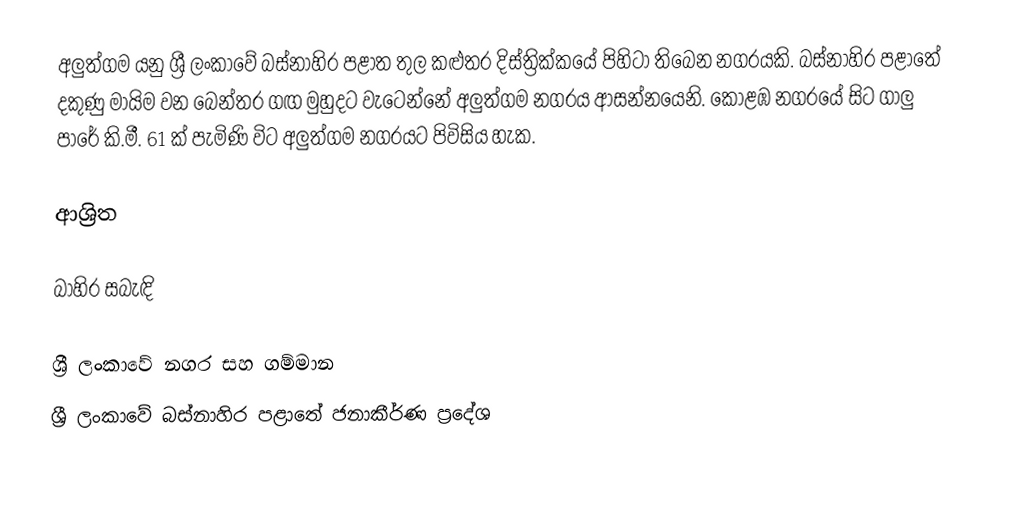
අලුත්ගම යනු ශ්‍රී ලංකාවේ බස්නාහිර පළාත තුල කළුතර දිස්ත්‍රික්කයේ පිහිටා තිබෙන නගරයකි. බස්නාහිර පළාතේ දකුණු මායිම වන බෙන්තර ගඟ මුහුදට වැටෙන්නේ අලුත්ගම නගරය ආසන්නයෙනි. කොළඹ නගරයේ සිට ගාලු පාරේ කි.මී. 61 ක් පැමිණි විට අලුත්ගම නගරයට පිවිසිය හැක.

ආශ්‍රිත

බාහිර සබැඳි

ශ්‍රී ලංකාවේ නගර සහ ගම්මාන
ශ්‍රී ලංකාවේ බස්නාහිර පළාතේ ජනාකීර්ණ ප්‍රදේශ